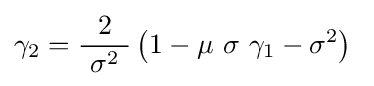
\gamma _{2}={\frac {2}{\ \sigma ^{2}\ }}\left(1-\mu \ \sigma \ \gamma _{1}-\sigma ^{2}\right)~